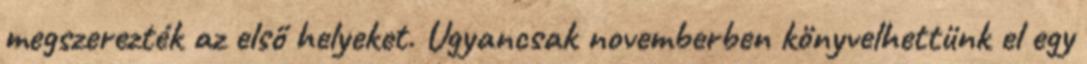
megszerezték az első helyeket. Ugyancsak novemberben könyvelhettünk el egy